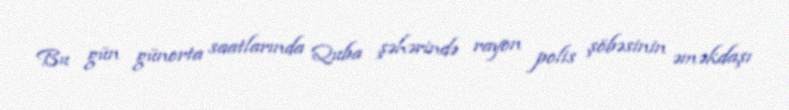
Bu gün günorta saatlarında Quba şəhərində rayon polis şöbəsinin əməkdaşı